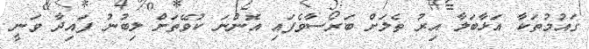
ގައުމުތަކާ އަޅާބަލާ އިރު ތެލަށް ބަރޯސާވެފައި އޮންނަ ކުވޭތަށް ލިބުނު ފައިދާ ވަނީ